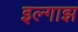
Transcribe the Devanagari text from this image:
इल्गाझ